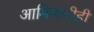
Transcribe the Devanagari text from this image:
आमिषांचीही